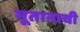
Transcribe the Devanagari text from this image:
भूतानाची